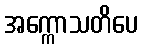
အက္ကောသတိပေ